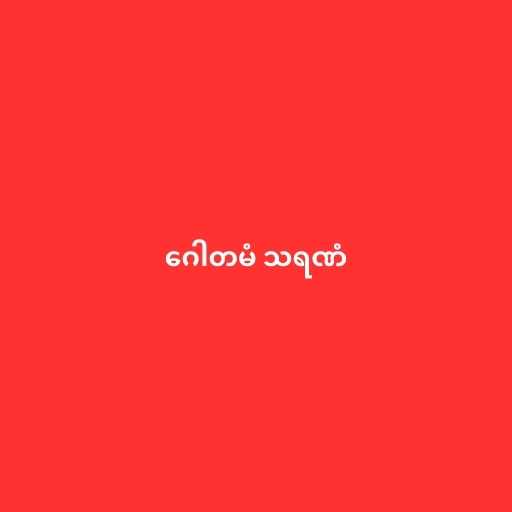
ဂေါတမံ သရဏံ